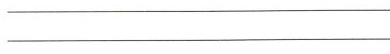
__________________